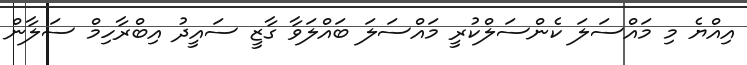
އިއްޔެ މި މައްސަލަ ކެންސަލްކުރީ މައްސަލަ ބައްލަވާ ގާޒީ ސައީދު އިބްރާހިމް ސަލާން